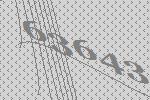
63643